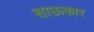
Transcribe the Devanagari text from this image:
साऊकार